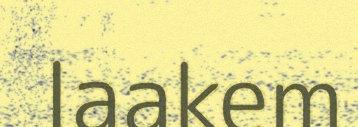
laakem